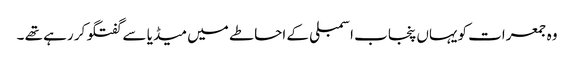
وہ جمعرات کویہاں پنجاب اسمبلی کے احاطے میں میڈیا سے گفتگو کر رہے تھے ۔